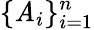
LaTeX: \{ \mathit{A}_{i}\} _{i=1}^{n}